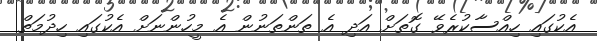
އެކުގައި ހިއްސާކުރެވޭ ގޮތަށް އަދި އެ ތަންތަނުން އެ މީހުންނަށް އެކުގައި ހިދުމަތް